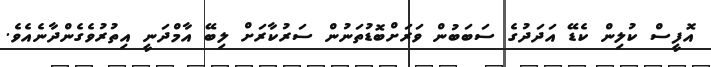
އޮފީސް ކުލިން ކެޑޭ އަދަދުގެ ސަބަބުން ވަރަށްބޮޑުތަނުން ސަރުކާރަށް ލިބޭ އާމްދަނީ އިތުރުވެގެންދާނެއެވެ.